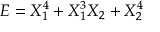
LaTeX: E = X _ { 1 } ^ { 4 } + X _ { 1 } ^ { 3 } X _ { 2 } + X _ { 2 } ^ { 4 }